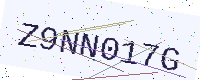
Text: Z9NN017G